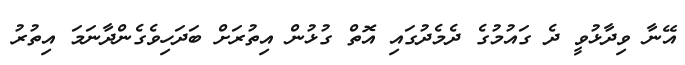
އޭނާ ވިދާޅުވީ ދެ ގައުމުގެ ދެމެދުގައި އޮތް ގުޅުން އިތުރަށް ބަދަހިވެގެންދާނަމަ އިތުރު